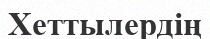
Хеттылердің